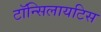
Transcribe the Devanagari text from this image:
टॉन्सिलायटिस